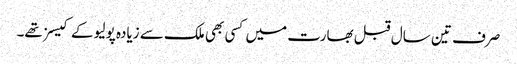
صرف تین سال قبل بھارت میں کسی بھی ملک سے زیادہ پولیو کے کیسز تھے۔